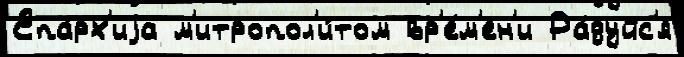
Епа́рх'иjа м'итропол'и́том вр'е́м'ен'и Ра́дуйс'я